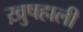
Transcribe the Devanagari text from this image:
ख़ुषहाली